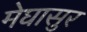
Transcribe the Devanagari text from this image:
मेघासुर